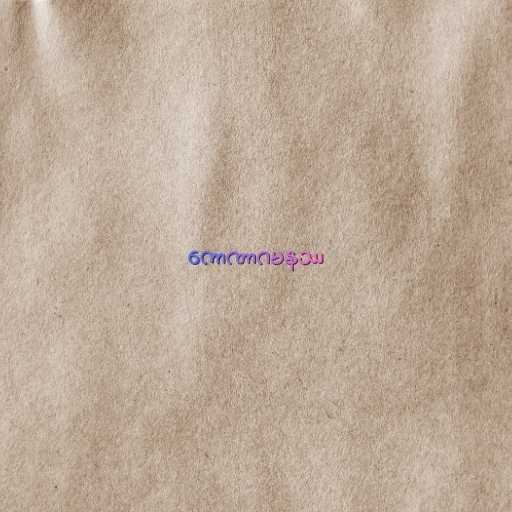
ကောဏာဂမနဿ